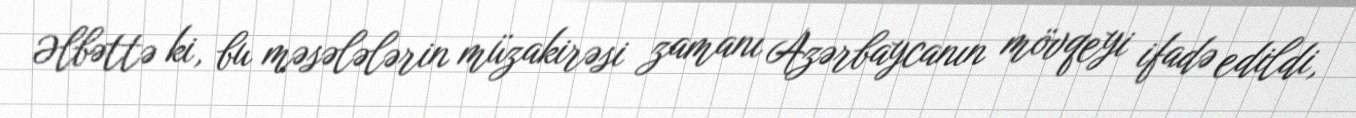
Əlbəttə ki, bu məsələlərin müzakirəsi zamanı Azərbaycanın mövqeyi ifadə edildi,